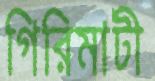
গিরিমাটী